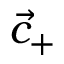
{ \vec { c } } _ { + }